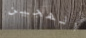
الهجين